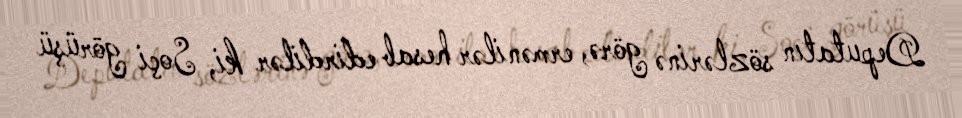
Deputatın sözlərinə görə, ermənilər hesab edirdilər ki, Soçi görüşü